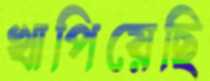
খাপিয়েছি